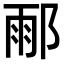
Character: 𨜄